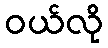
ဝယ်လို